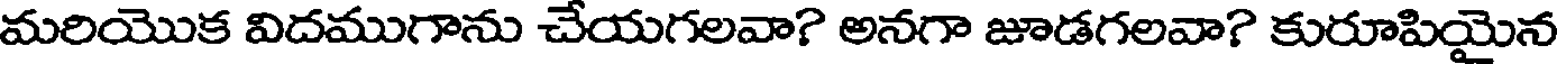
మరియొక విదముగాను చేయగలవా? అనగా జూడగలవా? కురూపియైన